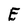
Character: E